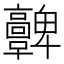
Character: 𩫫